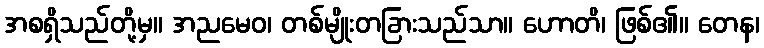
အစရှိသည်တို့မှ။ အညမေဝ၊ တစ်မျိုးတခြားသည်သာ။ ဟောတိ၊ ဖြစ်၏။ တေန၊